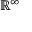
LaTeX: \mathbb { R } ^ { \infty }